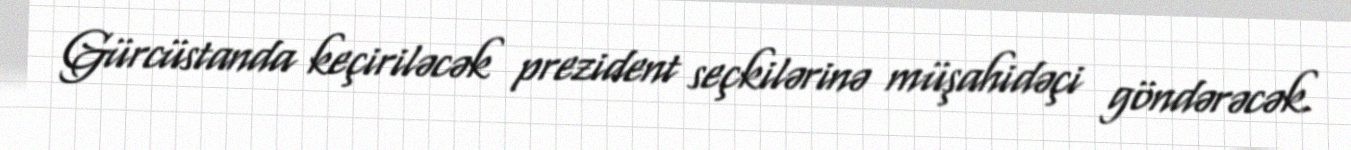
Gürcüstanda keçiriləcək prezident seçkilərinə müşahidəçi göndərəcək.